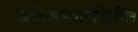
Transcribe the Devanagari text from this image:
अधिकाऱ्यांनीदेखील